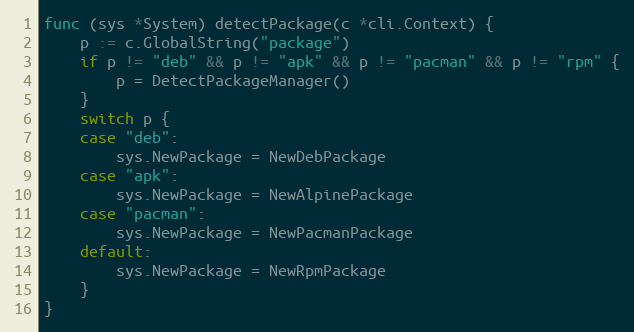
Language: Go
func (sys *System) detectPackage(c *cli.Context) {
	p := c.GlobalString("package")
	if p != "deb" && p != "apk" && p != "pacman" && p != "rpm" {
		p = DetectPackageManager()
	}
	switch p {
	case "deb":
		sys.NewPackage = NewDebPackage
	case "apk":
		sys.NewPackage = NewAlpinePackage
	case "pacman":
		sys.NewPackage = NewPacmanPackage
	default:
		sys.NewPackage = NewRpmPackage
	}
}